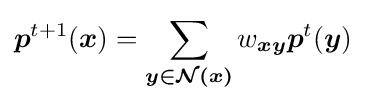
{{\boldsymbol {p}}^{t+1}({\boldsymbol {x}})}=\sum _{\boldsymbol {y\in {\mathcal {N}}(x)}}w_{\boldsymbol {xy}}{{\boldsymbol {p}}^{t}({\boldsymbol {y}})}